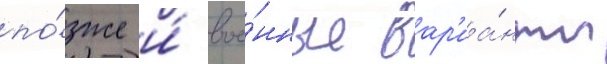
по́зже и́ вое́нные вар'иа́нты